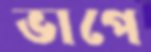
ভাপে